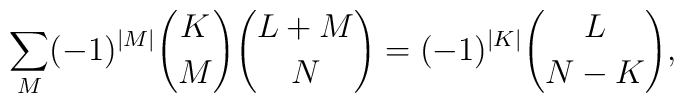
\sum_M (-1)^{|M|}{K \choose M}{{L+M} \choose {N}}=(-1)^{|K|}{{L} \choose{N-K}},